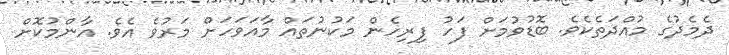
ދެމެދުގެ މުއްދަތެކެވެ. ބޮޑުވުމަށް ފަހު ފިރިހެން މަކުނުތައް މާއަވަހަށް މަރުވެ އެވެ. އާންމުކޮށް